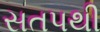
સતપથી